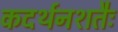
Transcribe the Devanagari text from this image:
कदर्थनशतैः